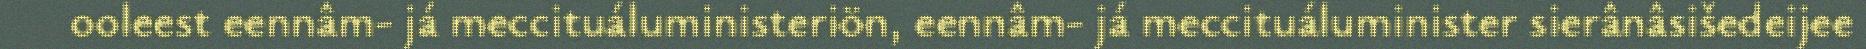
ooleest eennâm- já meccituáluministeriön, eennâm- já meccituáluminister sierânâsišedeijee